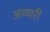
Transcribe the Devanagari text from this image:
अय्यारी